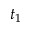
t _ { 1 }